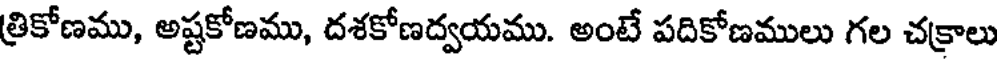
త్రికోణము, అష్టకోణము, దశకోణద్వయము. అంటే పదికోణములు గల చక్రాలు